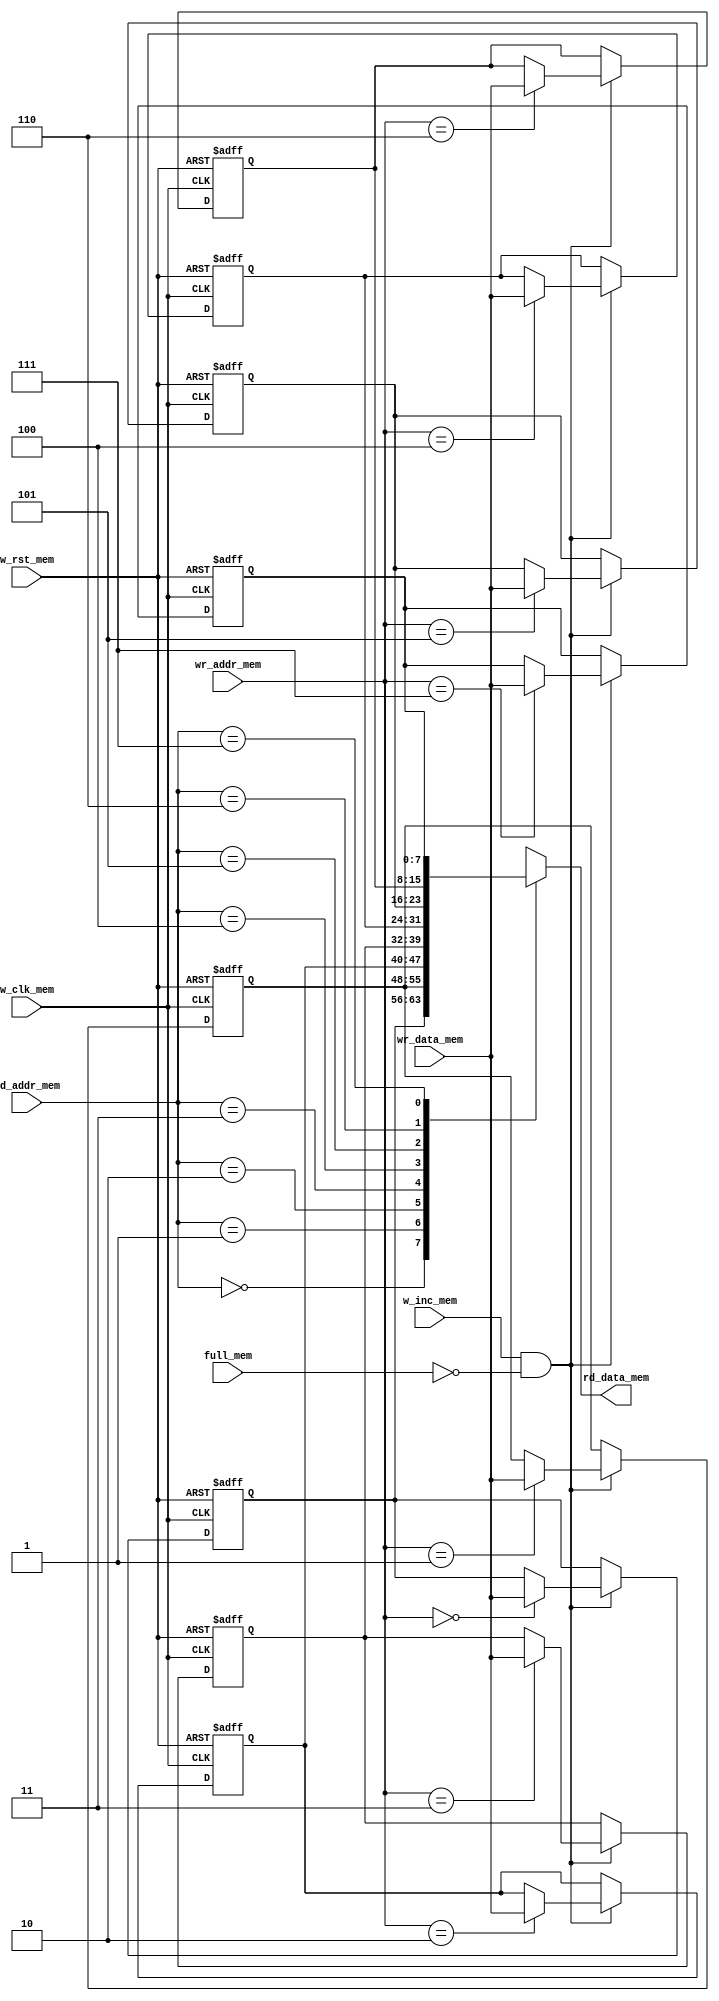
 module fifo_mem(
    input  wire                  full_mem,
    input  wire                   w_clk_mem,
    input  wire                   w_rst_mem,
    input  wire  [2:0] wr_addr_mem,
    input  wire  [2:0] rd_addr_mem,
    input  wire                    w_inc_mem,
    input  wire  [7:0]  wr_data_mem, 
    output wire   [7:0]  rd_data_mem
);
  
reg [7:0] memory [7:0];
 integer i=0;
 


always @(posedge w_clk_mem or negedge w_rst_mem) 
	  begin
	    if (!w_rst_mem)
	      begin
          memory[0]<=8'b0;
         memory[1]<=8'b0;
         memory[2]<=8'b0;
         memory[3]<=8'b0;
         memory[4]<=8'b0;
         memory[5]<=8'b0;
         memory[6]<=8'b0;
         memory[7]<=8'b0;
end
     else
       begin
       
         if (w_inc_mem&&!full_mem) 
		  begin
            memory[wr_addr_mem] <= wr_data_mem;
		  end
end
       
end
assign rd_data_mem= memory[rd_addr_mem];  
         
endmodule